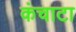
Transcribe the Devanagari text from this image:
कंचाटा